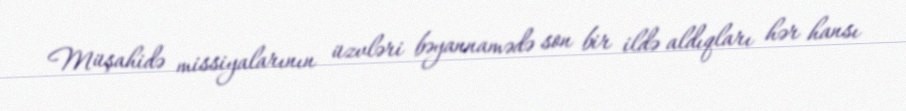
Müşahidə missiyalarının üzvləri bəyannamədə son bir ildə aldıqları hər hansı